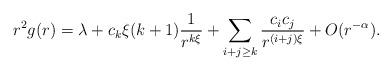
LaTeX: \begin{align*}r^2g(r)=\lambda+c_k\xi (k+1)\frac{1}{r^{k\xi}}+\sum_{i+j\ge k}\frac{c_ic_j}{r^{(i+j)\xi}}+ O(r^{-\alpha}).\end{align*}